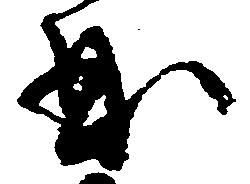
曲